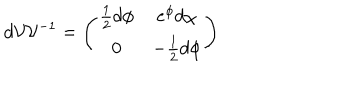
d { \cal { V } } { \cal { V } } ^ { - 1 } = \left( \begin{array} { c c } { { \frac { 1 } { 2 } d \phi } } & { { e ^ { \phi } d \chi } } \\ { { 0 } } & { { - \frac { 1 } { 2 } d \phi } } \\ \end{array} \right)